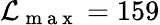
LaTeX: \mathcal{L}_{\mathrm{{~m~a~x~}}}=159